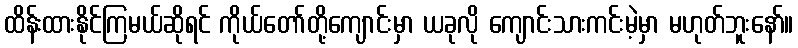
ထိန်းထားနိုင်ကြမယ်ဆိုရင် ကိုယ်တော်တို့ကျောင်းမှာ ယခုလို ကျောင်းသားကင်းမဲ့မှာ မဟုတ်ဘူးနော်။